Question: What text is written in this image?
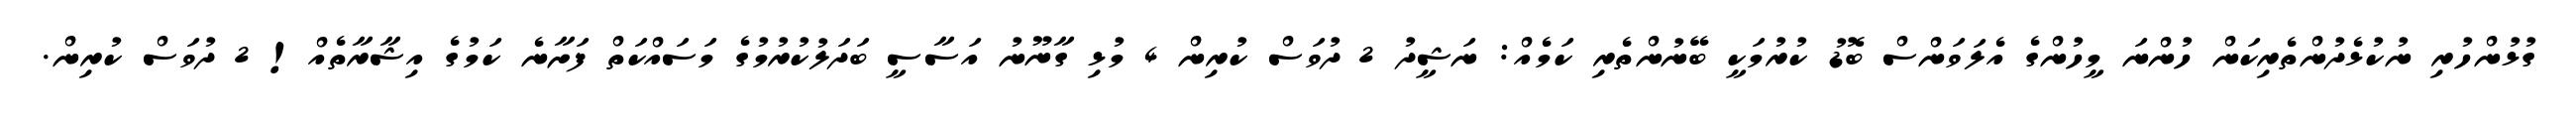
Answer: ގުޅުންހުރި ނުކުޅެދުންތެރިކަން ހުންނަ މީހުންގެ އެލަވަންސް ބޮޑު ކުރުމަކީ ބޭނުންތެރި ކަމެއް: ނަޝީދު 2 ދުވަސް ކުރިން 4 މުޅި ގާނޫނު އަސާސީ ބަދަލުކުރުމުގެ މަސައްކަތް ފަށާނެ ކަމުގެ އިޝާރާތެއް! 2 ދުވަސް ކުރިން.